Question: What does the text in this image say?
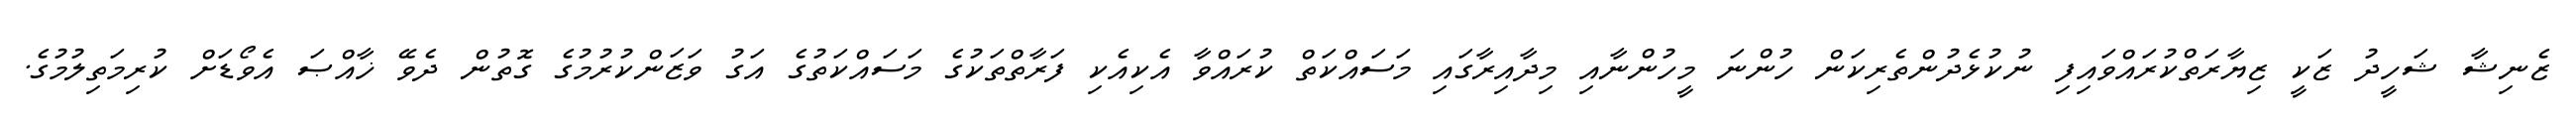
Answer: ޒެނިޝާ ޝަހީދު ޒަކީ ޒިޔާރަތްކުރައްވައިފި ނުކުޅެދުންތެރިކަން ހުންނަ މީހުންނާއި މިދާއިރާގައި މަސައްކަތް ކުރައްވާ އެކިއެކި ފަރާތްތަކުގެ މަސައްކަތުގެ އަގު ވަޒަންކުރުމުގެ ގޮތުން ދެވޭ ޚާއްޞަ އެވޯޑަށް ކުރިމަތިލުމުގެ.